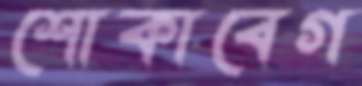
শোকাবেগ